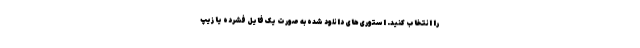
را انتخاب کنید. استوری‌های دانلود شده به صورت یک فایل فشرده یا زیپ